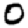
Digit: 0